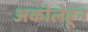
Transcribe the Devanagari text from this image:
अकोलेहून